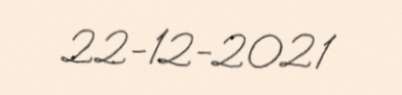
22-12-2021